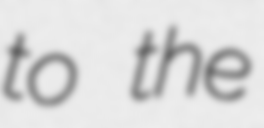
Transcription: to the